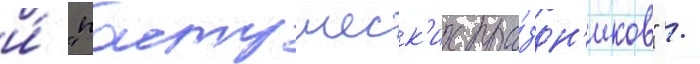
и́ "пастушеск'их пра́здн'иков" /